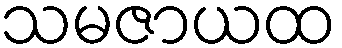
သမဇာယထ